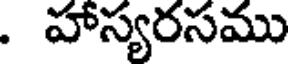
. హాస్యరసము